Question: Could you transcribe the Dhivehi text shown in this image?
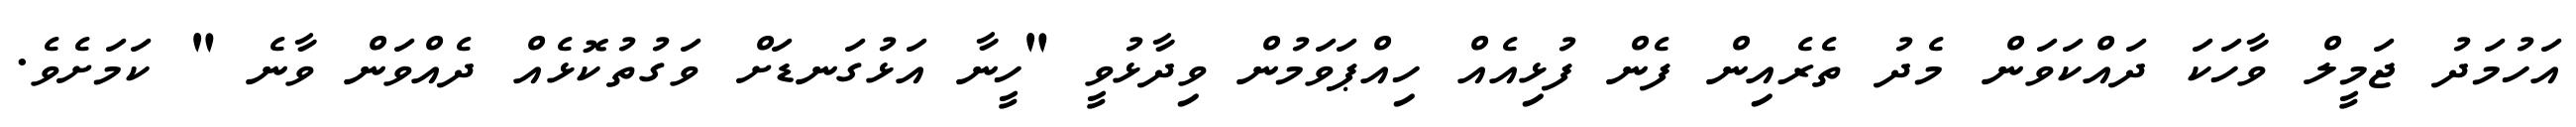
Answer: އަހުމަދު ޖަމީލް ވާހަކަ ދައްކަވަން މެދު ތެރެއިން ފެން ފުޅިއެއް ހިއްޕަވަމުން ވިދާޅުވީ "ހީނާ އަޅުގަނޑަށް ވަގުތުކޮޅެއް ދެއްވަން ވާނެ " ކަމަށެވެ.